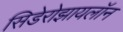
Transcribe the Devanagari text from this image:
सिडेरोझायलॉन